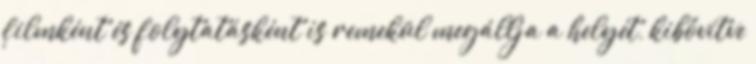
filmként és folytatásként is remekül megállja a helyét, kibővítve